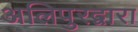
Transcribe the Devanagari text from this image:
अलिपुरद्वारा